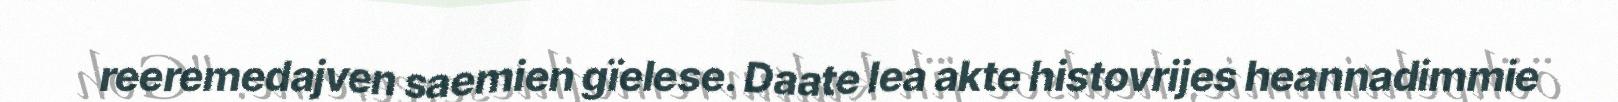
reeremedajven saemien gïelese. Daate lea akte histovrijes heannadimmie